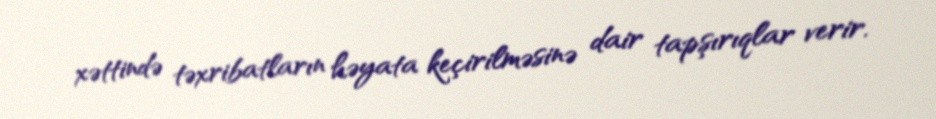
xəttində təxribatların həyata keçirilməsinə dair tapşırıqlar verir.